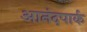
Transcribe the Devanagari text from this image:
आनंदपार्क